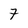
Character: 7